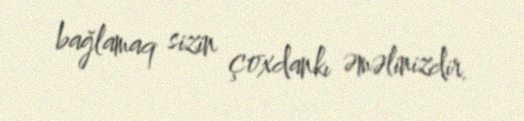
bağlamaq sizin çoxdankı əməlinizdir.